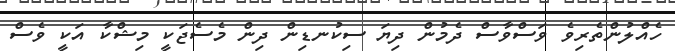
ހެއްލުންތެރިވެ ވަސްވާސް ދެމުން ދިޔަ ސިކުނޑިން ދިން މެސެޖަކީ މިޝްކާ އަކީ ވެސް